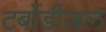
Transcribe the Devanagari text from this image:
टर्बोडीज़ल